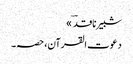
شبیر ناقدؔ »
دعوت القرآن، حصہ۔